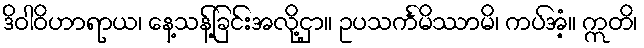
ဒိဝါဝိဟာရာယ၊ နေ့သန့်ခြင်းအလို့ငှာ။ ဥပသင်္ကမိဿာမိ၊ ကပ်အံ့။ ဣတိ၊